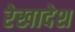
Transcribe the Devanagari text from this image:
रेखादेश